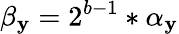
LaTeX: \beta_{\mathbf{y}}=2^{b-1}*\alpha_{\mathbf{y}}